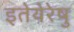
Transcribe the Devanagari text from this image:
इतेयेरेषु